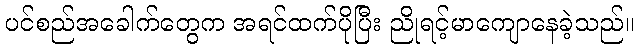
ပင်စည်အခေါက်တွေက အရင်ထက်ပိုပြီး ညိုရင့်မာကျောနေခဲ့သည်။